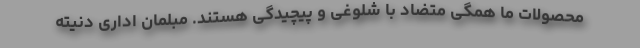
محصولات ما همگی متضاد با شلوغی و پیچیدگی هستند. مبلمان اداری دنیته